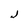
Character: J